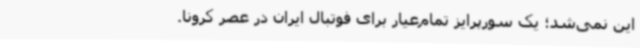
این نمی‌شد؛ یک سورپرایز تمام‌عیار برای فوتبال ایران در عصر کرونا.